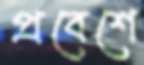
প্রবেশে